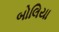
બોલિયા